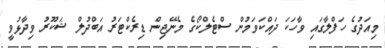
މިއަދުގެ ހަފްލާގައި ވާހަކަ ދައްކަވަމުން ސްޓެލްކޯގެ މެނޭޖިން ޑިރެކްޓަރު އަބްދުލް ޝަކޫރު ވިދާޅުވީ